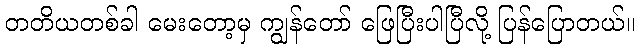
တတိယတစ်ခါ မေးတော့မှ ကျွန်တော် ဖြေပြီးပါပြီလို့ ပြန်ပြောတယ်။